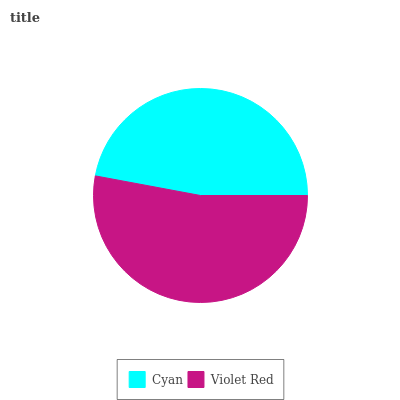
| Cyan | Violet Red |
 | --- | --- |
 | 47.1% | 52.9% |